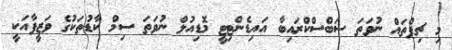
މި ޗިޕްތައް ނުވަތަ ސަބްސްކްރައިބާ އައިޑެންޓިޓީ މޮޑިއުލް ނުވަތަ ސިމް ކާޑުތަކުގެ ވަޒީފާއަކީ